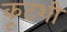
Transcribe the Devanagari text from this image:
कूटशी